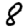
Digit: 8